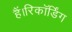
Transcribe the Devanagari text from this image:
हैं।रिकॉर्डिंग